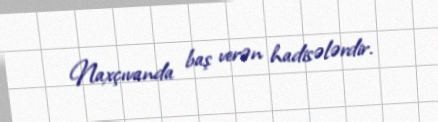
Naxçıvanda baş verən hadisələrdir.